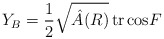
\begin{align*}Y_B = {1 \over 2}\sqrt{\hat A (R)} \, {\rm tr} \, {\rm cos} F\end{align*}